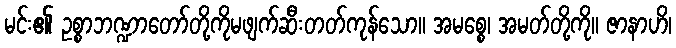
မင်း၏ ဥစ္စာဘဏ္ဍာတော်တို့ကိုမဖျက်ဆီးတတ်ကုန်သော။ အမစ္စေ၊ အမတ်တို့ကို။ ဇာနာဟိ၊